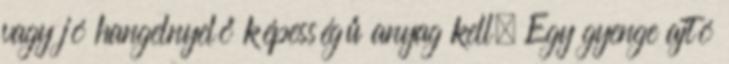
vagy jó hangelnyelő képességű anyag kell. Egy gyenge ajtó